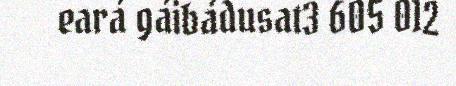
eará gáibádusat3 605 012